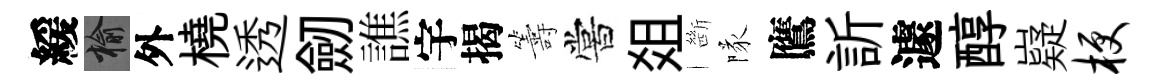
緩榆外橈透劒譙宇揭籌嘗爼㫁隊鷹訢遽醇嶷梗